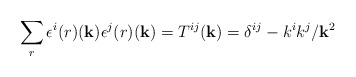
\begin{align*}\sum_r \epsilon^i{(r)} ({\bf k}) \epsilon^j{(r)} ({\bf k}) = T^{ij}({\bf k}) = \delta^{ij} - k^i k^j /{\bf k}^2\end{align*}